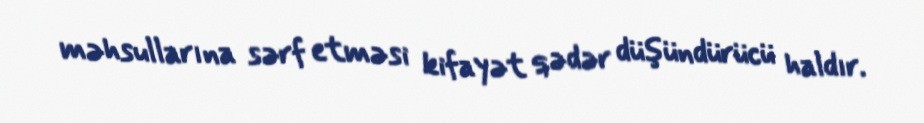
məhsullarına sərf etməsi kifayət qədər düşündürücü haldır.